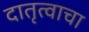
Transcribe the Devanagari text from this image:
दातृत्वाचा